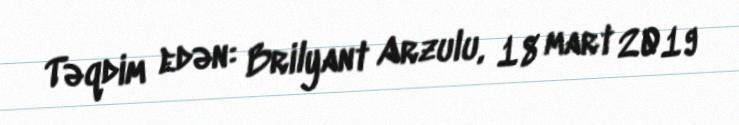
Təqdim edən: Brilyant Arzulu, 18 mart 2019